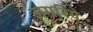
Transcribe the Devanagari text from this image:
जगरिये